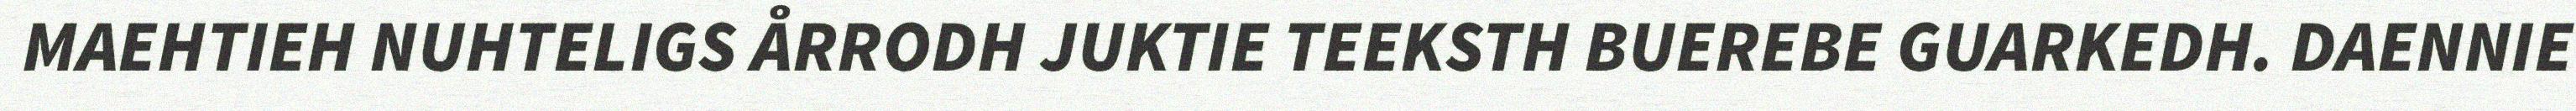
MAEHTIEH NUHTELIGS ÅRRODH JUKTIE TEEKSTH BUEREBE GUARKEDH. DAENNIE